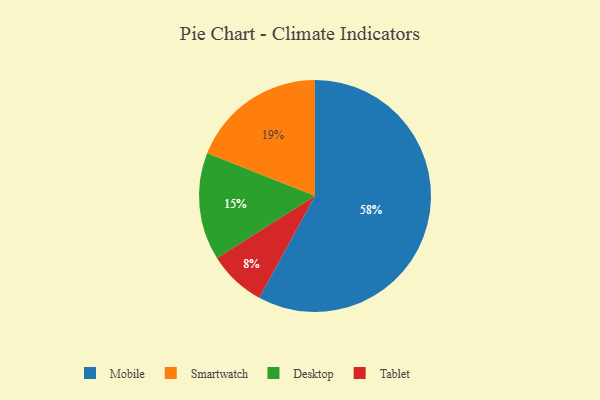
{"axis": {"x": "Category", "y": "Percentage"}, "legend": ["Desktop", "Mobile", "Smartwatch", "Tablet"], "data": [{"x": "Smartwatch", "y": 19, "type": "Smartwatch"}, {"x": "Tablet", "y": 8, "type": "Tablet"}, {"x": "Desktop", "y": 15, "type": "Desktop"}, {"x": "Mobile", "y": 58, "type": "Mobile"}]}